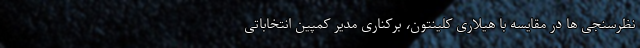
نظرسنجی ها در مقایسه با هیلاری کلینتون، برکناری مدیر کمپین انتخاباتی